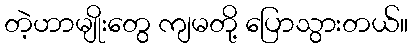
တဲ့ဟာမျိုးတွေ ကျမတို့ ပြောသွားတယ်။